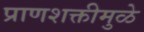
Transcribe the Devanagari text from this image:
प्राणशक्तीमुळे